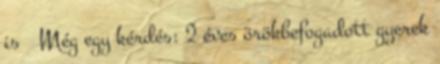
is 🙂 Még egy kérdés: 2 éves örökbefogadott gyerek